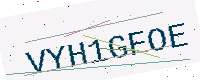
Text: VYH1GFOE